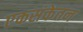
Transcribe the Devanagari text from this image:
एकसंकेतन